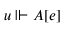
u \Vdash A [ e ]